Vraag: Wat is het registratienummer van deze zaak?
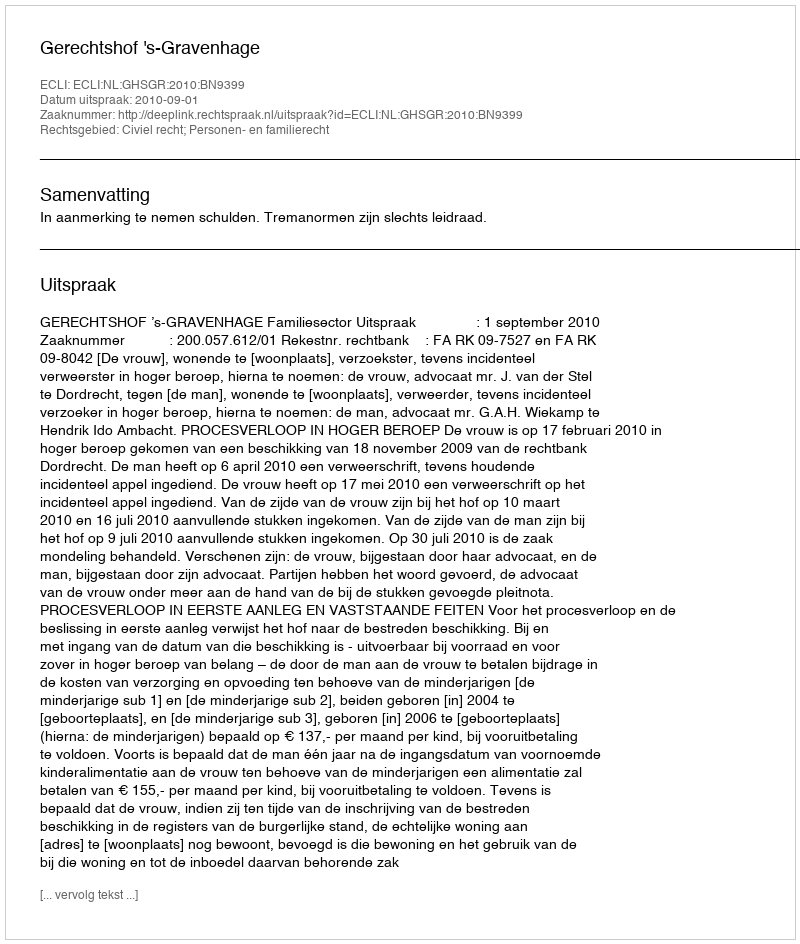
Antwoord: http://deeplink.rechtspraak.nl/uitspraak?id=ECLI:NL:GHSGR:2010:BN9399